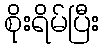
စိုးရိမ်ပြီး